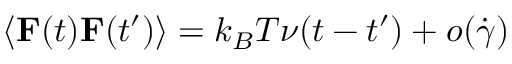
\langle \mathbf { { F } } ( t ) \mathbf { { F } } ( t ^ { \prime } ) \rangle = k _ { B } T \nu ( t - t ^ { \prime } ) + o ( \dot { \gamma } )